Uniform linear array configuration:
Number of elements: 64
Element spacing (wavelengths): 1
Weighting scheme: hann
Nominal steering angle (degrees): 60
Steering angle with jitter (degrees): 61.412
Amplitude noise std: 0.05
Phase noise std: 0.05

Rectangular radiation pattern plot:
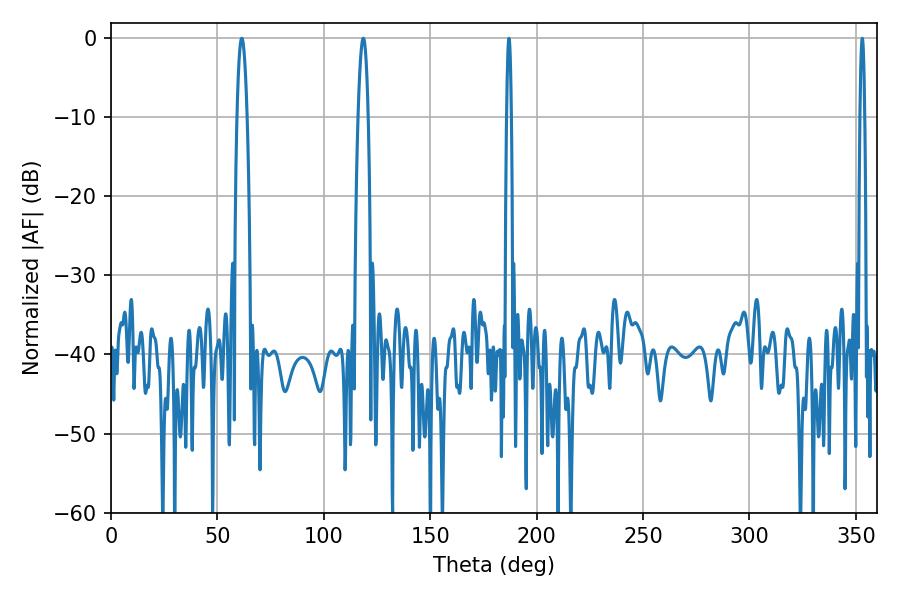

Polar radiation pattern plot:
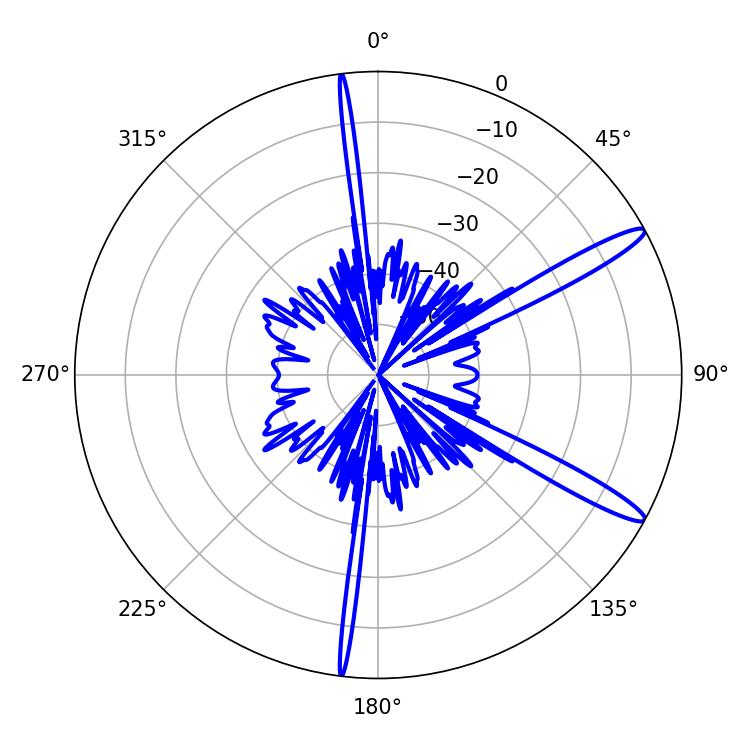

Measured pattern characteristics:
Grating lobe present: TRUE
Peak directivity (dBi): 13.878
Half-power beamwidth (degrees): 2.7
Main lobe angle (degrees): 61.38